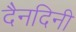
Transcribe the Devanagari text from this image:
दैनदिनी